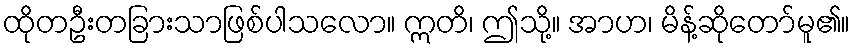
ထိုတဦးတခြားသာဖြစ်ပါသလော။ ဣတိ၊ ဤသို့။ အာဟ၊ မိန့်ဆိုတော်မူ၏။